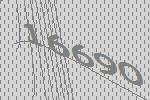
16690